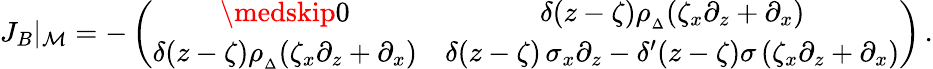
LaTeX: J_{B}\vert_{\mathcal{M}}=-\left(\begin{array}{cc}{\medskip 0}&{\delta(z-\zeta)\rho_{{}_{\Delta}}(\zeta_{x}\partial_{z}+\partial_{x})}\\ {\delta(z-\zeta)\rho_{{}_{\Delta}}(\zeta_{x}\partial_{z}+\partial_{x})}&{\delta(z-\zeta)\, \sigma_{x}\partial_{z}-\delta^{\prime}(z-\zeta)\sigma\, (\zeta_{x}\partial_{z}+\partial_{x})}\end{array}\right)\, .